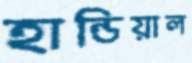
হান্ডিয়াল